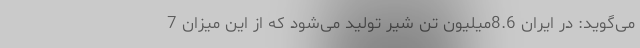
می‌گوید: در ایران 8.6میلیون تن شیر تولید می‌شود که از این میزان 7